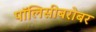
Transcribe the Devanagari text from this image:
पॉलिसीबरोबर